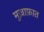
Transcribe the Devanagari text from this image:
मुज़ाफ़ात